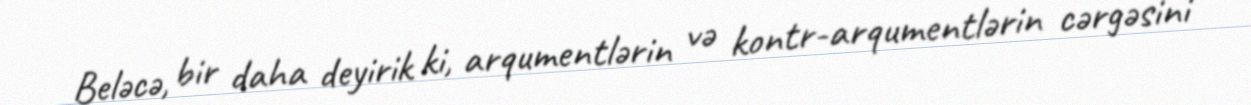
Beləcə, bir daha deyirik ki, arqumentlərin və kontr-arqumentlərin cərgəsini